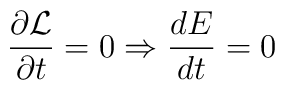
\frac{\partial \cal L}{\partial t}=0\Rightarrow \frac{dE}{dt}=0